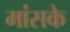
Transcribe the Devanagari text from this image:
मांसके